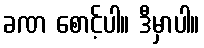
ခဏ စောင့်ပါ။ ဒီမှာပါ။